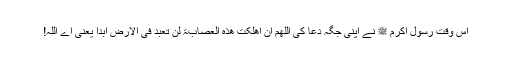
اس وقت رسول اکرم ﷺ نے اپنی جگہ دعا کی اَللّٰھُمَّ اِنْ اَھْلَکْتَ ھٰذِہِ الْعِصَابَۃَ لَنْ تُعْبَدَ فِیْ الْاَرْضِ اَبَدًا یعنی اے اللہ!